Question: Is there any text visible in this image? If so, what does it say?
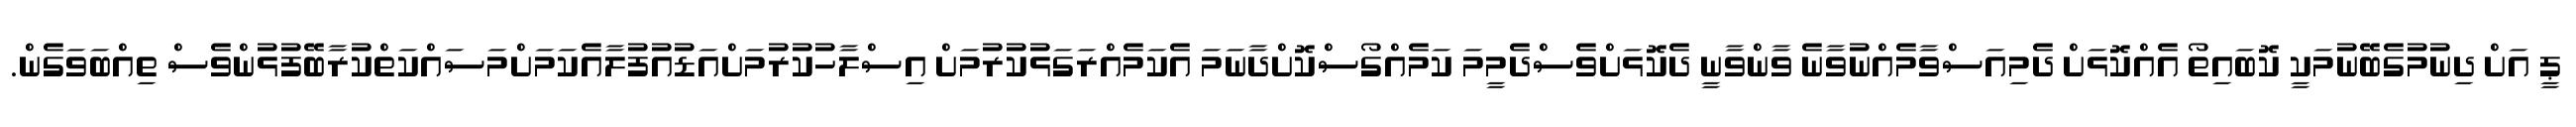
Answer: ޕީ އަށް ދިނުމުގެބޭނުމަކީ ކޮބައިތޯ އެއްކޮޅަށް ދެމިއަސްވާމެއްނުވާނެ ވާންވާނީ ދެކޮޅަށްވެސްދެމީމަ ކަމެއްގޯސްކޮށްދާނަމަ އެކަމެއްރަގަޅުކުރުމަށް އިސްލާހުކުރުމަށްއަޑުއުފުލާއެކަމަށްމަސައްކަތްކުރާބޭފުޅުންވެސް ތިއްބަވަގެން.